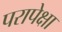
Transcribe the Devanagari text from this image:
परापेक्षा